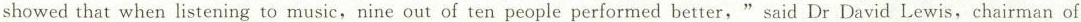
showed that when listening to music, nine out of ten people performed better," said Dr David Lewis, chairman of